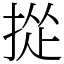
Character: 㧿